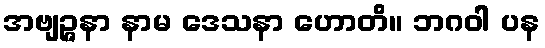
အဗျဉ္ဇနာ နာမ ဒေသနာ ဟောတိ။ ဘဂဝါ ပန